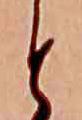
と